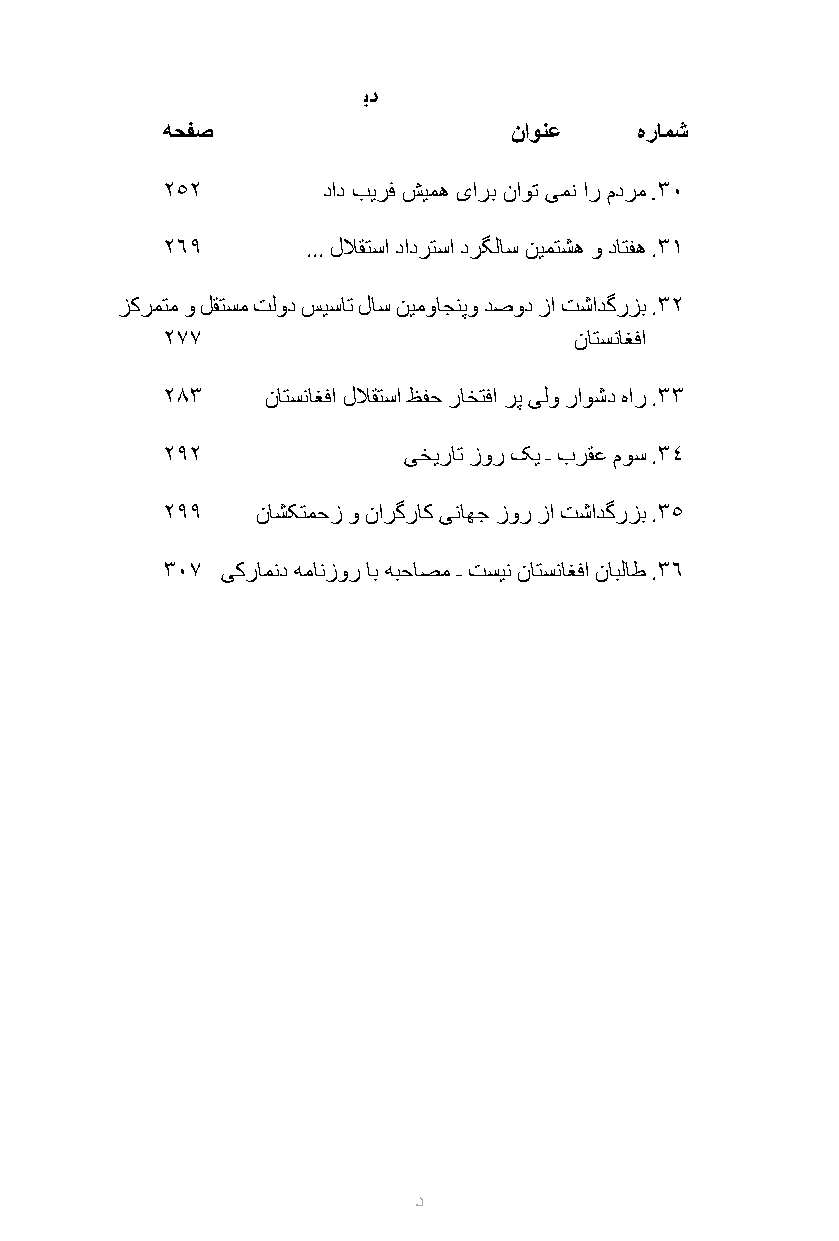
اهدادیور و اه لیلحت ـ اه هاگدید
 هحفص                   ناونع   هرامش
 252       داد بیرف شیمه یارب ناوت یمن ار مدرم .30
 269      ... للاقتسا دادرتسا درگلاس نیمتشه و داتفه .31
 زکرمتم و لقتسم تلود سیسات لاس نیمواجنپو دصود زا تشادگرزب .32
 277                        ناتسناغفا
 283    ناتسناغفا للاقتسا ظفح راختفا رپ یلو راوشد هار .33
 292             یخیرات زور کی ـ برقع موس .34
 299   ناشکتمحز و نارگراک یناهج زور زا تشادگرزب .35
 307 یکرامند همانزور اب هبحاصم ـ تسین ناتسناغفا نابلاط .36
 د